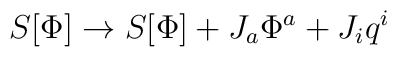
S[\Phi] \rightarrow S[\Phi] + J_{a}\Phi^a + J_i q^i